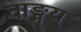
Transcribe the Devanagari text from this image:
वाङ्मय्